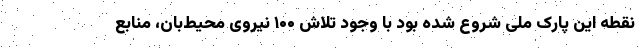
نقطه این پارک ملی شروع شده بود با وجود تلاش ۱۰۰ نیروی محیط‌بان، منابع